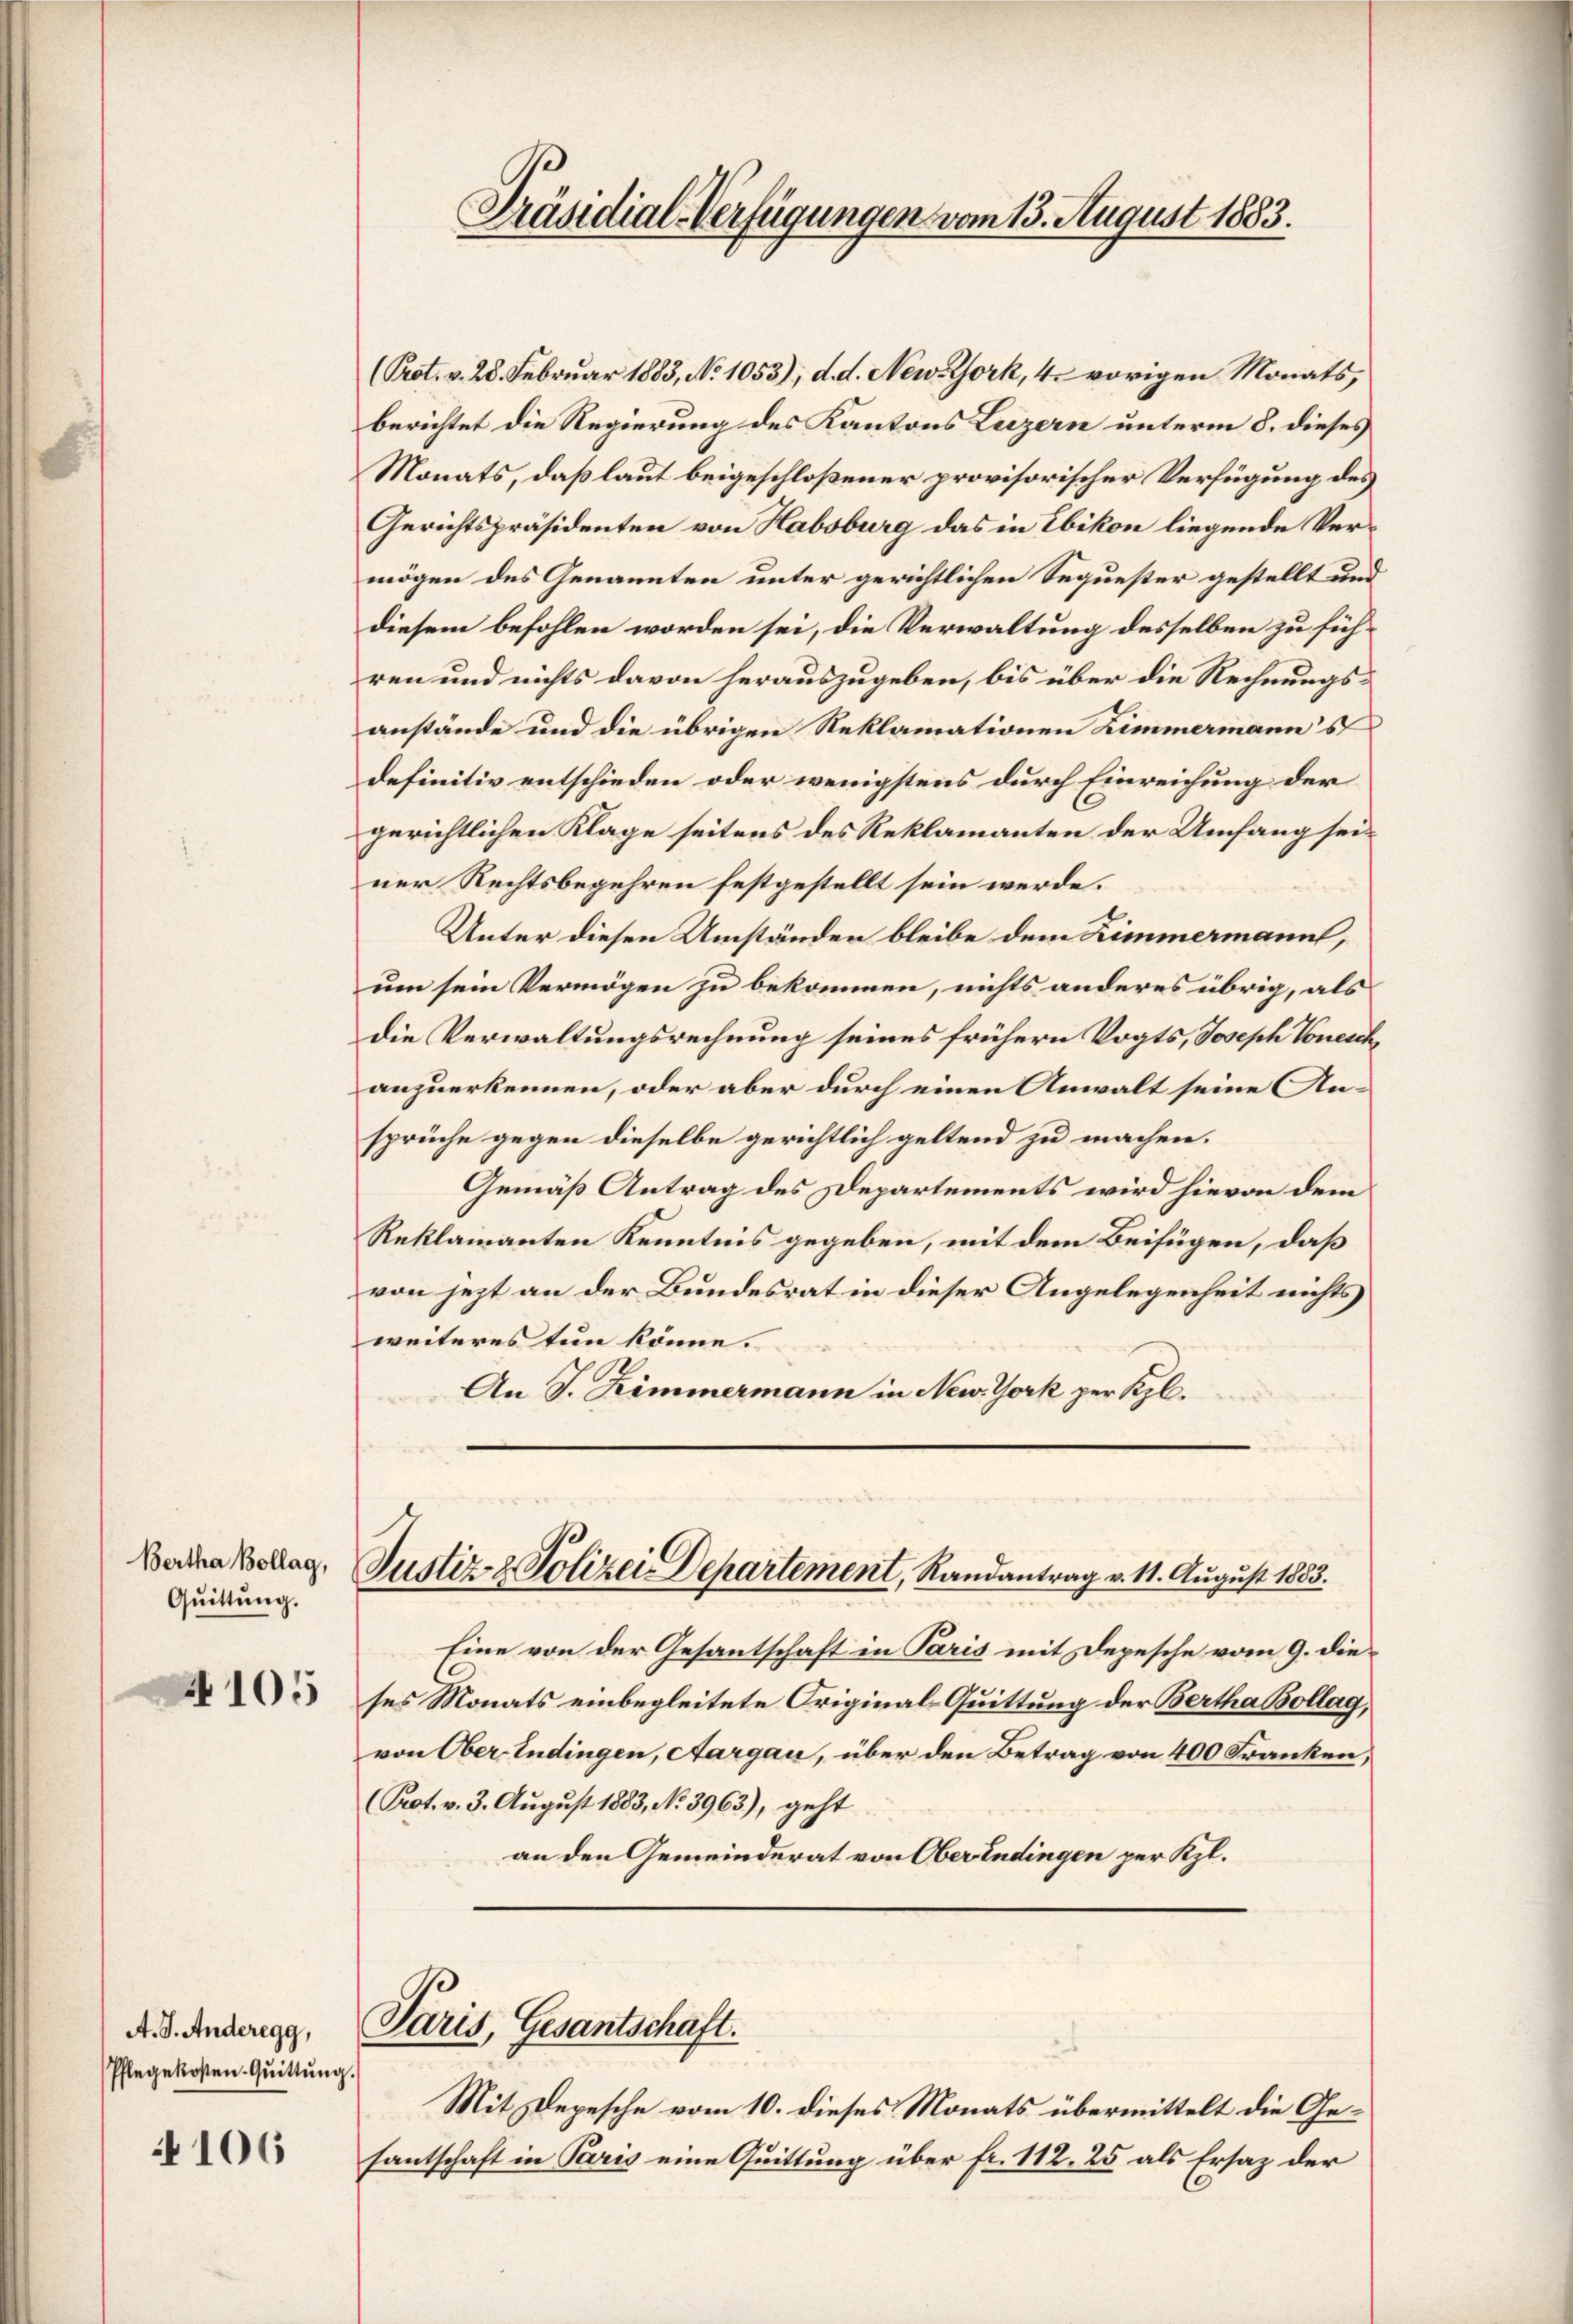
Bertha Bollag,
Quittung.

4105

A. J. Anderegg,
Pflegekosten-Quittung.

4106

Präsidial-Verfügungen vom 13. August 1883.

(Prot. v. 28. Februar 1883, No 1053); d. d. New-York, 4 vorigen Monats,
berichtet die Regierung des Kantons Luzern unterm 8. dieses
Monats, daß laut beigeschloßener provisorischer Verfügung des
Gerichtspräsidenten von Habsburg das in Ebikon liegende Vermögen des Genannten unter gerichtlichen Sequester gestellt und
diesem befohlen worden sei, die Verwaltung desselben zu führen und nichts davon herauszugeben, bis über die Rechnungsanstände und die übrigen Reklamationen Zimmermann's
definitiv entschieden oder wenigstens durch Einreichung der
gerichtlichen Klage seitens des Reklamanten der Umfang seiner Rechtsbegehren festgestellt sein werde.
Unter diesen Umständen bleibe dem Zimmermann,
um sein Vermögen zu bekommen, nichts anderes übrig, als
die Verwaltungsrechnung seines frühern Vogts, Joseph Tonesch
anzuerkennen, oder aber durch einen Anwalt seine Ansprüche gegen dieselbe gerichtlich geltend zu machen.
Gemäß Antrag des Departements wird hievon dem
Reklamanten Kenntnis gegeben, mit dem Beifügen, daß
von jezt an der Bundesrat in dieser Angelegenheit nichts
weiteres tun könne.
An J. Zimmermann in New York per Kl.

Justiz & Polizei Departement, Randantrag v. 11. August 1853.

Paris, Gesantschaft.

Eine von der Gesantschaft in Paris mit Depesche vom 9. dieses Monats einbegleitete Original-Quittung der Bertha Bollag,
von Ober-Endingen, Aargau, über den Betrag von 400 Franken,
(Prot. v. 3. August 1883, No 3963), geht
an den Gemeinderat von Ober Endingen per Kgl.

Mit Depesche vom 10. dieses Monats übermittelt die Gefantschaft in Paris eine Quittung über fr. 112. 25 als Ersaz der